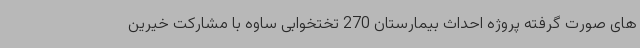
های صورت گرفته پروژه احداث بیمارستان 270 تختخوابی ساوه با مشارکت خیرین